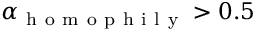
\alpha _ { \mathrm { ~ h ~ o ~ m ~ o ~ p ~ h ~ i ~ l ~ y ~ } } > 0 . 5